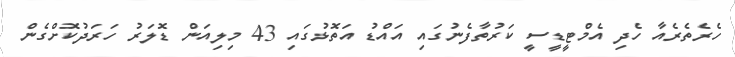
ހެރެތެރެއާ ހެދި އެމްޓީޑީސީ ކަރުތާފެނުގައި އައްޑު އަތޮޅުގައި 43 މިލިއަން ޑޮލަރު ހަރަދުކޮށްގެން